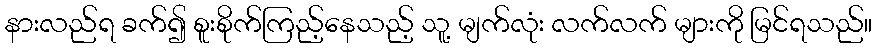
နားလည်ရ ခက်၍ စူးစိုက်ကြည့်နေသည့် သူ့ မျက်လုံး လက်လက် များကို မြင်ရသည်။